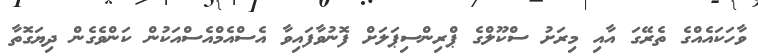
ވާހަކައެއްގެ ތެރޭގަ އާއި މިރަށު ސްކޫލްގެ ޕްރިންސިޕަލަށް ފޮނުވާފައިވާ އެސްއެމްއެސްއަކުން ކަންވެގެން ދިޔަގޮތާ